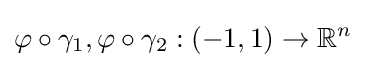
\varphi \circ \gamma _{1},\varphi \circ \gamma _{2}:(-1,1)\to \mathbb {R} ^{n}